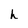
Character: h